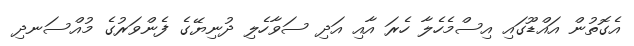
އެގޮތުން އައްޑޫގައި އިސްމެހެލާ ހެރަ އާއި އަދި ސަވާހެލި ދުނިޔޭގެ ފެންވަރުގެ މުއްސަނދި